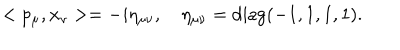
LaTeX: < p _ { \mu } , x _ { \nu } > = - i \eta _ { \mu \nu } , \quad \eta _ { \mu \nu } = \mathrm { d i a g } ( - 1 , 1 , 1 , 1 ) .